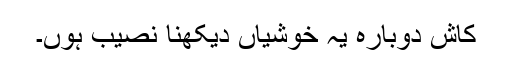
کاش دوبارہ یہ خوشیاں دیکھنا نصیب ہوں۔